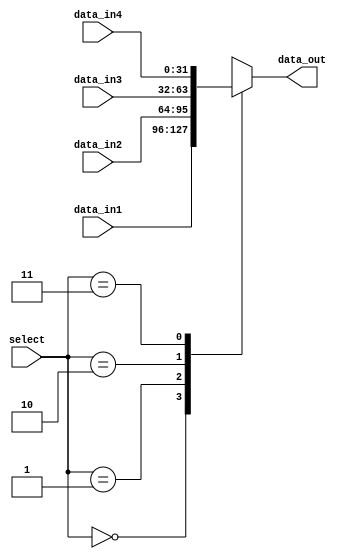
`timescale 1ns / 1ps
//////////////////////////////////////////////////////////////////////////////////
//
// 
// Design Name: 
// Module Name: Mux4
// Project Name: MIPS CPU
// Target Devices: Nexys 4 DDR
// 
//////////////////////////////////////////////////////////////////////////////////


module Mux4 #(
        parameter DATA_WIDTH = 32
    )(
        input [DATA_WIDTH - 1:0] data_in1,
        input [DATA_WIDTH - 1:0] data_in2,
        input [DATA_WIDTH - 1:0] data_in3,
        input [DATA_WIDTH - 1:0] data_in4,
        input [1:0] select,
        output [DATA_WIDTH - 1:0] data_out
    );
    reg [DATA_WIDTH - 1:0] result;
    initial begin
        result = 0;
    end
    always @(*) begin
        case (select)
            2'b00: result = data_in1;
            2'b01: result = data_in2;
            2'b10: result = data_in3;
            2'b11: result = data_in4;
            default: result = 0;
        endcase
    end
    assign data_out = result;
endmodule